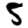
Digit: 5